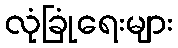
လုံခြုံရေးများ